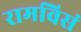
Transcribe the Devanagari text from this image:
रामविसं